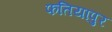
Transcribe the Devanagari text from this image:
फतियापुर